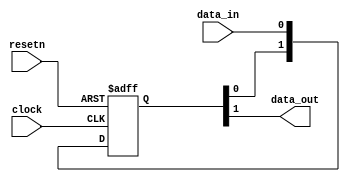
// 
//  Project:     VerSiTile-BuildingBlocks                                     
//  Website:     louis-dr.github.io                                           
//  License:     MIT License                                                  
// 
//  Description: Resynchronize a signal to a clock with flip-flop stages.     
//                                                                            
//               If the default two stages of flip-flops are not enough to    
//               prevent metastable outputs, three or more stages can be      
//               used.                                                        
//                                                                            
//               The synchronized signal must last at least one clock cycle   
//               of the synchronizing clock. In practice, this synchronizer   
//               should be used between clock domains of the same frequency   
//               or when moving to to a faster clock domain.                  
//                                                                            
// 



module synchronizer #(
  parameter STAGES = 2
) (
  input  clock,
  input  resetn,
  input  data_in,
  output data_out
);

reg [STAGES-1:0] stages;

integer stage_index;
always @(posedge clock or negedge resetn) begin
  if (!resetn) stages <= 0;
  else begin
    stages[0] <= data_in;
    for (stage_index=1; stage_index<STAGES; stage_index=stage_index+1) begin
      stages[stage_index] <= stages[stage_index-1];
    end
  end
end

assign data_out = stages[STAGES-1];

endmodule